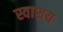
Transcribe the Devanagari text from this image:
स्वाशय